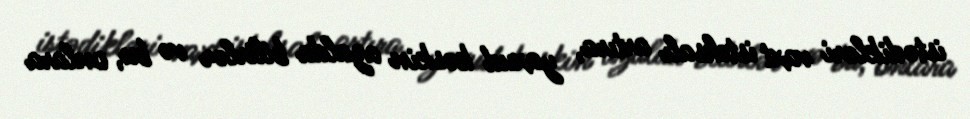
istədikləri vaxt istehsalı artıra, yaxud kəskin azalda bilirlər və bu, onlara